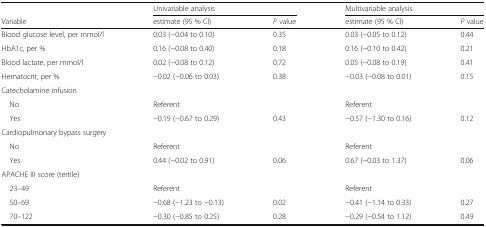
|  | <COLSPAN=2> Univariable analysis | <COLSPAN=2> Multivariable analysis |
 | Variable | estimate (95 % CI) | P value | estimate (95 % CI) | P value |
 | --- | --- | --- | --- | --- |
 | Blood glucose level, per mmol/l | 0.03 (−0.04 to 0.10) | 0.35 | 0.03 (−0.05 to 0.12) | 0.44 |
 | HbA1c, per % | 0.16 (−0.08 to 0.40) | 0.18 | 0.16 (−0.10 to 0.42) | 0.21 |
 | Blood lactate, per mmol/l | 0.02 (−0.08 to 0.12) | 0.72 | 0.05 (−0.08 to 0.19) | 0.41 |
 | Hematocrit, per % | −0.02 (−0.06 to 0.03) | 0.38 | −0.03 (−0.08 to 0.01) | 0.15 |
 | <COLSPAN=5> Catecholamine infusion |
 | No | Referent |  | Referent |  |
 | Yes | −0.19 (−0.67 to 0.29) | 0.43 | −0.57 (−1.30 to 0.16) | 0.12 |
 | <COLSPAN=5> Cardiopulmonary bypass surgery |
 | No | Referent |  | Referent |  |
 | Yes | 0.44 (−0.02 to 0.91) | 0.06 | 0.67 (−0.03 to 1.37) | 0.06 |
 | <COLSPAN=5> APACHE III score (tertile) |
 | 23–49 | Referent |  | Referent |  |
 | 50–69 | −0.68 (−1.23 to −0.13) | 0.02 | −0.41 (−1.14 to 0.33) | 0.27 |
 | 70–122 | −0.30 (−0.85 to 0.25) | 0.28 | −0.29 (−0.54 to 1.12) | 0.49 |